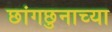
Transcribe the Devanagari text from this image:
छांगछुनाच्या